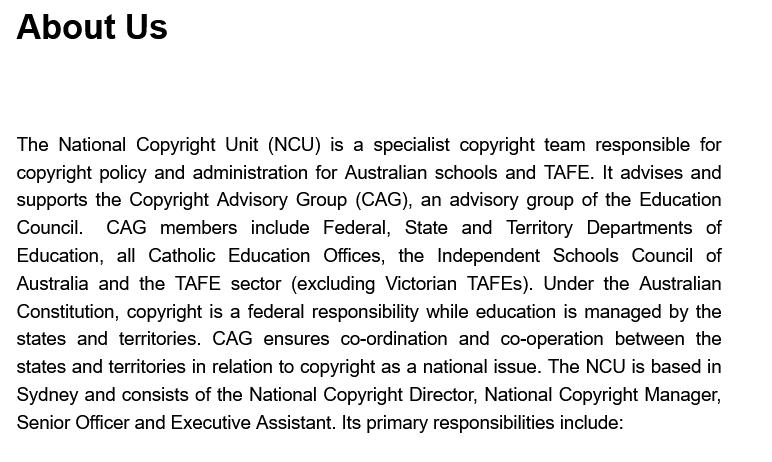
About    Us
  The  National Copyright Unit (NCU) is a specialist copyright team responsible for
  copyright policy and administration for Australian schools and TAFE. It advises and
  supports the Copyright Advisory Group (CAG), an advisory group of the Education
  Council.  CAG  members   include Federal, State and Territory Departments of
  Education, all Catholic Education Offices, the Independent Schools Council of
  Australia and the TAFE sector (excluding Victorian TAFEs). Under the Australian
  Constitution, copyright is a federal responsibility while education is managed by the
  states and territories. CAG ensures co-ordination and co-operation between the
  states and territories in relation to copyright as a national issue. The NCU is based in
  Sydney and consists of the National Copyright Director, National Copyright Manager,
  Senior Officer and Executive Assistant. Its primary responsibilities include: